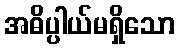
အဓိပ္ပါယ်မရှိသော